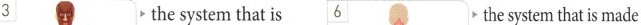
3 the system that is the system that is made